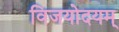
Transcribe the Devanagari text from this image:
विजयोदयम्